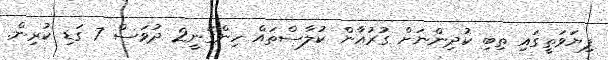
ފިޔަވަތީގައި ތިބި ކުދިންނަށް ގުރުއާން ކުލާސްތައް ހިންގަނީ2 ދުވަސް 7 ގަޑި ކުރިން.